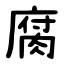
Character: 腐